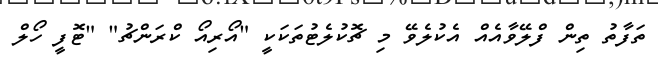
ތަފާތު ތިން ފްލޭވާއެއް އެކުލެވޭ މި ޗޮކުލެޓުތަކަކީ "އޯރިއޯ ކްރަންޗު" "ޓޮފީ ހޯލް